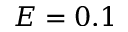
E = 0 . 1